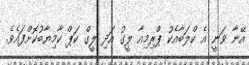
އޭނާ ވަނީ އެ ކްލަބާއެކު ޕްރިމިއާ ލީގު އަދި ލީގް ކަޕް ކާމިޔާބުކޮށްފައެވެ.